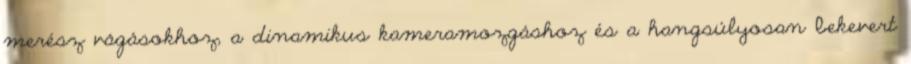
merész vágásokhoz, a dinamikus kameramozgáshoz és a hangsúlyosan bekevert